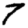
Digit: 7